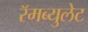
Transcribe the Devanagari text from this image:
रॅमब्युलेट